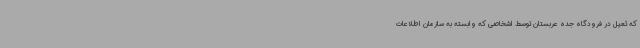
که ثعیل در فرودگاه جده عربستان توسط اشخاصی که وابسته به سازمان اطلاعات